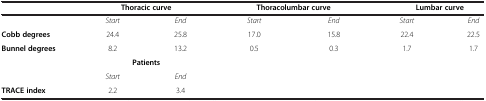
<table><thead><tr><td><b> </b></td><td colspan="2"><b>Thoracic curve</b></td><td colspan="2"><b>Thoracolumbar curve</b></td><td colspan="2"><b>Lumbar curve</b></td></tr></thead><tbody><tr><td> </td><td><i>Start</i></td><td><i>End</i></td><td><i>Start</i></td><td><i>End</i></td><td><i>Start</i></td><td><i>End</i></td></tr><tr><td><b>Cobb degrees</b></td><td>24.4</td><td>25.8</td><td>17.0</td><td>15.8</td><td>22.4</td><td>22.5</td></tr><tr><td><b>Bunnel degrees</b></td><td>8.2</td><td>13.2</td><td>0.5</td><td>0.3</td><td>1.7</td><td>1.7</td></tr><tr><td> </td><td colspan="2"><b>Patients</b></td><td rowspan="3" colspan="4"> </td></tr><tr><td> </td><td><i>Start</i></td><td><i>End</i></td></tr><tr><td><b>TRACE index</b></td><td>2.2</td><td>3.4</td></tr></tbody></table>